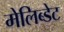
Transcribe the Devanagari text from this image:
मेलिब्डेट